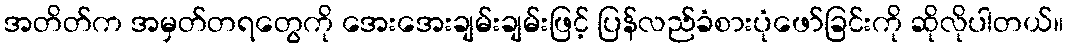
အတိတ်က အမှတ်တရတွေကို အေးအေးချမ်းချမ်းဖြင့် ပြန်လည်ခံစားပုံဖော်ခြင်းကို ဆိုလိုပါတယ်။